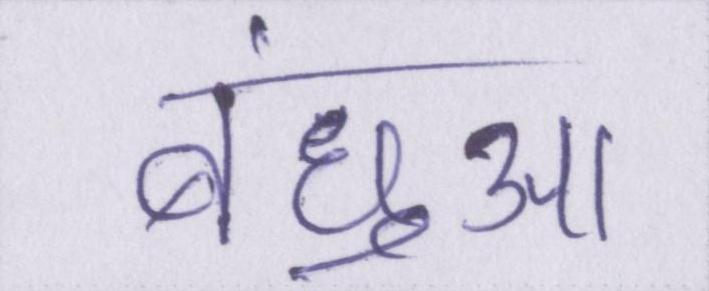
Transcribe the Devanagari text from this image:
बंधुआ